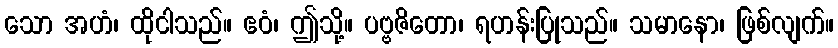
သော အဟံ၊ ထိုငါသည်။ ဧဝံ၊ ဤသို့။ ပဗ္ဗဇိတော၊ ရဟန်းပြုသည်။ သမာနော၊ ဖြစ်လျက်။